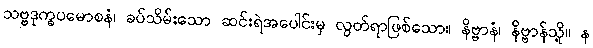
သဗ္ဗဒုက္ခပမောစနံ၊ ခပ်သိမ်းသော ဆင်းရဲအပေါင်းမှ လွတ်ရာဖြစ်သော။ နိဗ္ဗာနံ၊ နိဗ္ဗာန်သို့။ န